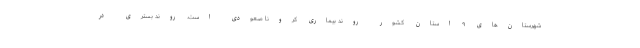
شهرستان‌های ۹ استان کشور روند بیماری کرونا صعودی است. روند بستری در